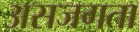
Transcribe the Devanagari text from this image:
असजगता